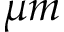
\mu m